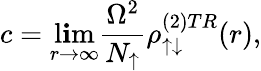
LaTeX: c=\operatorname*{l\mathbf{i}m}_{r\rightarrow\infty}\frac{{\Omega^{2}}}{{N_{\uparrow}}}\rho_{\uparrow\downarrow}^{(2)TR}(r),